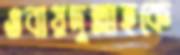
ওবায়দুল্লাহকে